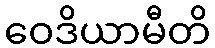
ဝေဒိယာမီတိ